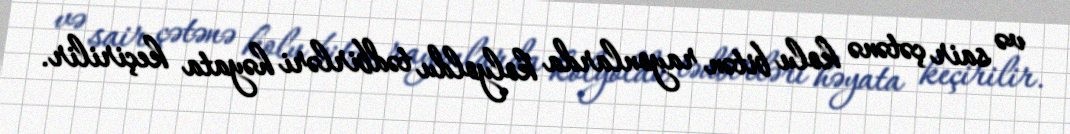
və sair çətənə kolu bitən rayonlarda kolyoldu tədbirləri həyata keçirilir.